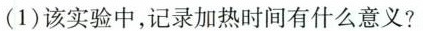
(1)该实验中，记录加热时间有什么意义?